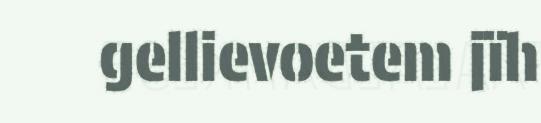
gellievoetem jïh